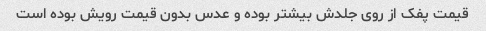
قیمت پفک از روی جلدش بیشتر بوده و عدس بدون قیمت رویش بوده است